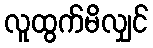
လူထွက်မိလျှင်